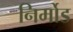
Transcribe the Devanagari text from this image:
निर्मोड